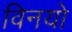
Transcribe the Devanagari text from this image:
विनयो